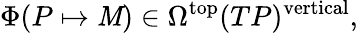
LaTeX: \Phi(P\mapsto\mathit{M})\in\Omega^{\mathrm{{top}}}(TP)^{\mathrm{{vertical}}},